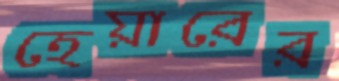
হেয়ারের